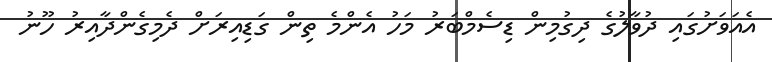
އެއަވަށުގައި ދުވާލުގެ ދިގުމިން ޑިސެމްބަރު މަހު އެންމެ ތިން ގަޑިއިރަށް ދެމިގެންދާއިރު ހޫނު